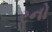
રનો